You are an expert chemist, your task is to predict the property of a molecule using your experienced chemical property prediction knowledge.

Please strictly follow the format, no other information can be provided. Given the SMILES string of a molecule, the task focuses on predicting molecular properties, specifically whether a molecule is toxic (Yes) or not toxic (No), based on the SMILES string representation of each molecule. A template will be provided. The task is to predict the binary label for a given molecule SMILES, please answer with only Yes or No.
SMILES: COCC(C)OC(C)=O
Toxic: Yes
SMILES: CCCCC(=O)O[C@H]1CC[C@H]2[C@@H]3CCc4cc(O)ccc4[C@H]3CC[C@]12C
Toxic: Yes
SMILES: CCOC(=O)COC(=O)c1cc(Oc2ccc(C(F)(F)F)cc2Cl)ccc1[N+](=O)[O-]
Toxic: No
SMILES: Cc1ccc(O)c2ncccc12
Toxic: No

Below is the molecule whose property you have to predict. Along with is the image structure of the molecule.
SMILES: Nc1nc(=O)[nH]cc1F
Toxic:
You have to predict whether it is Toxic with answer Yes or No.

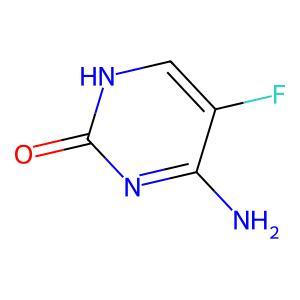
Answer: No